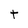
Character: t